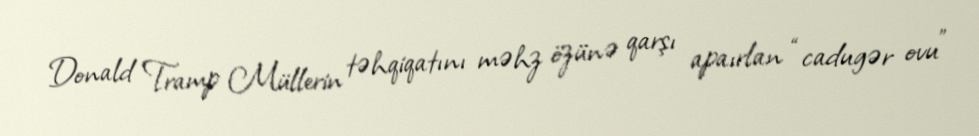
Donald Tramp Müllerin təhqiqatını məhz özünə qarşı apaırlan “cadugər ovu”